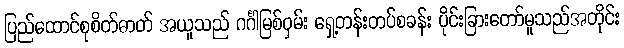
ပြည်ထောင်စုစိတ်ဓာတ် အယူသည် ဂင်္ဂါမြစ်ဝှမ်း ရှေ့တန်းတပ်စခန်း ပိုင်းခြားတော်မူသည်အတိုင်း